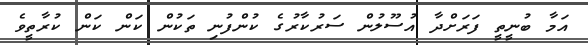
އަމާ ބުނީތީ ފަރަށްދާ އުސޫލުން ސަރުކާރުގެ ކުންފުނި ތަކުން ކަން ކަން ކުރާތީވެ